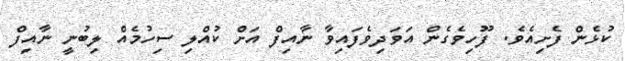
ކުޅެން ފެށިއެވެ. ފޫހިވެގެން އަވަދިވެފައިވާ ނާއިފް އަށް ކުއްލި ސިހުމެއް ލިބުނީ ނާއިފް